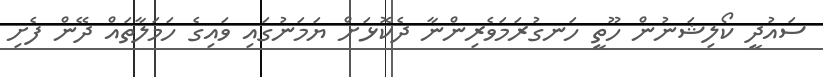
ސައުދީ ކޯލިޝަނުން ހޫތީ ހަނގުރަމަވެރިންނާ ދެކޮޅަށް ޔަމަނުގައި ވައިގެ ހަމަލާތައް ދޭން ފެށި